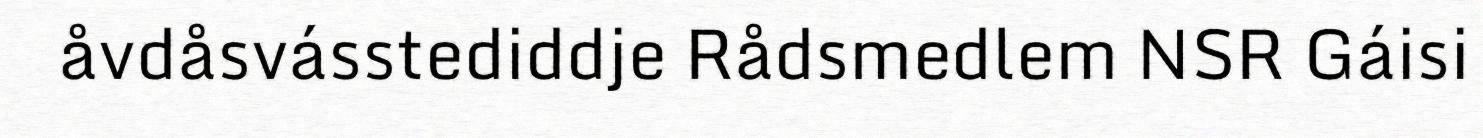
åvdåsvásstediddje Rådsmedlem NSR Gáisi